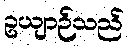
ဥယျာဉ်သည်